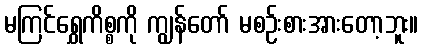
မကြင်ရွှေကိစ္စကို ကျွန်တော် မစဉ်းစားအားတော့ဘူး။